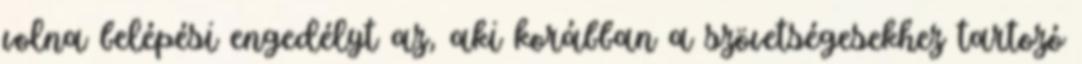
volna belépési engedélyt az, aki korábban a szövetségesekhez tartozó